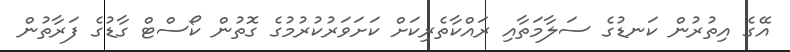
އޭގެ އިތުރުން ކަނޑުގެ ސަލާމަތާއި ރައްކާތެރިކަށް ކަށަވަރުކުރުމުގެ ގޮތުން ކޯސްޓް ގާޑުގެ ފަރާތުން